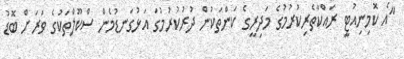
"އެ ކޮމިނިއުޓީ ރައްކާތެރިކުރުމުގެ މަދިރީގެ ކަންތަކުން ދުރުކުރުމުގަ އަޅުގަނޑުމެން ސްކޫލްތަކުގެ ވަރަށް ބޮޑު